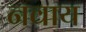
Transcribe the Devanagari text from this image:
नवाय